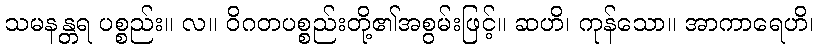
သမနန္တရ ပစ္စည်း။ လ။ ဝိဂတပစ္စည်းတို့၏အစွမ်းဖြင့်။ ဆဟိ၊ ကုန်သော။ အာကာရေဟိ၊